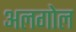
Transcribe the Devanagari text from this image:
अलगोल